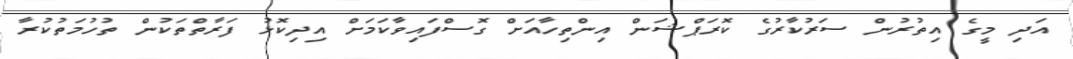
އަދި މީގެ އިތުރުން ސަރުކާރުގެ ކޮރަޕްޝަން އިންތިހާއަށް ގޮސްފައިވާކަމަށް އިދިކޮޅު ފަރާތްތަކުން ތުހުމަތުކުރާ